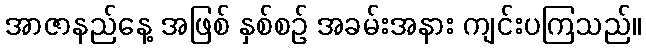
အာဇာနည်နေ့ အဖြစ် နှစ်စဉ် အခမ်းအနား ကျင်းပကြသည်။